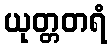
ယုတ္တတရံ